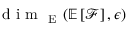
\mathrm { ~ d ~ i ~ m ~ } _ { \mathrm { ~ E ~ } } ( \mathbb { E } \left[ \mathcal { F } \right] , \epsilon )